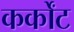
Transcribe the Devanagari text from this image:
कर्कोंट